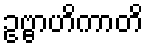
ဥဗ္ဗာဟိကာတိ